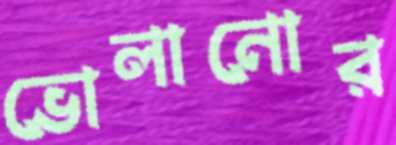
ভোলানোর